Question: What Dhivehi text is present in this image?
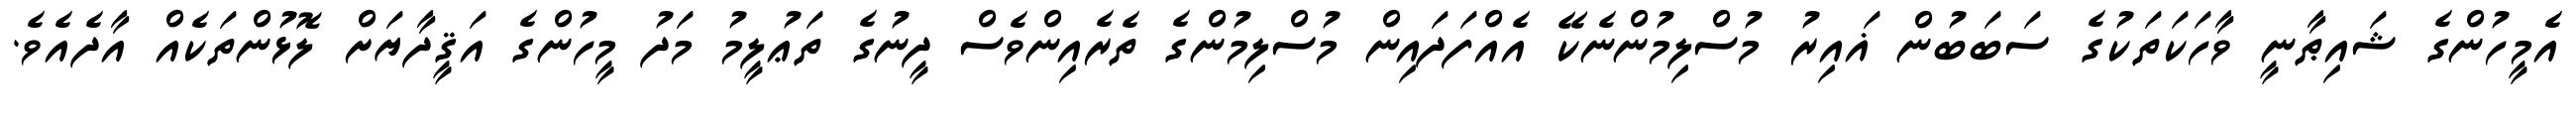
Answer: އެމީހުންގެ ޝައިޠާނީ ވާހަކަތަކުގެ ސަބަބުން ޣައިރު މުސްލިމުންނެކޭ އެއްފަދައިން މުސްލިމުންގެ ތެރެއިންވެސް ދީނުގެ ތަޢުލީމު މަދު މީހުންގެ އަޤީދާޔަށް ލޮޅުންތަކެއް އާދެއެވެ.